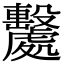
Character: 𣫦